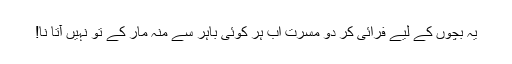
یہ بچوں کے لیے فرائی کر دو مسرت اب ہر کوئی باہر سے منہ مار کے تو نہیں آتا نا!